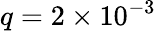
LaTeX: q=2\times 10^{-3}